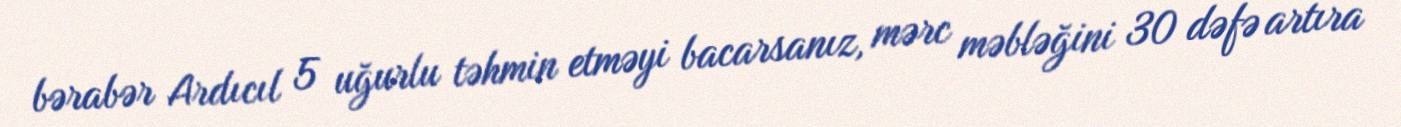
bərabər Ardıcıl 5 uğurlu təhmin etməyi bacarsanız, mərc məbləğini 30 dəfə artıra